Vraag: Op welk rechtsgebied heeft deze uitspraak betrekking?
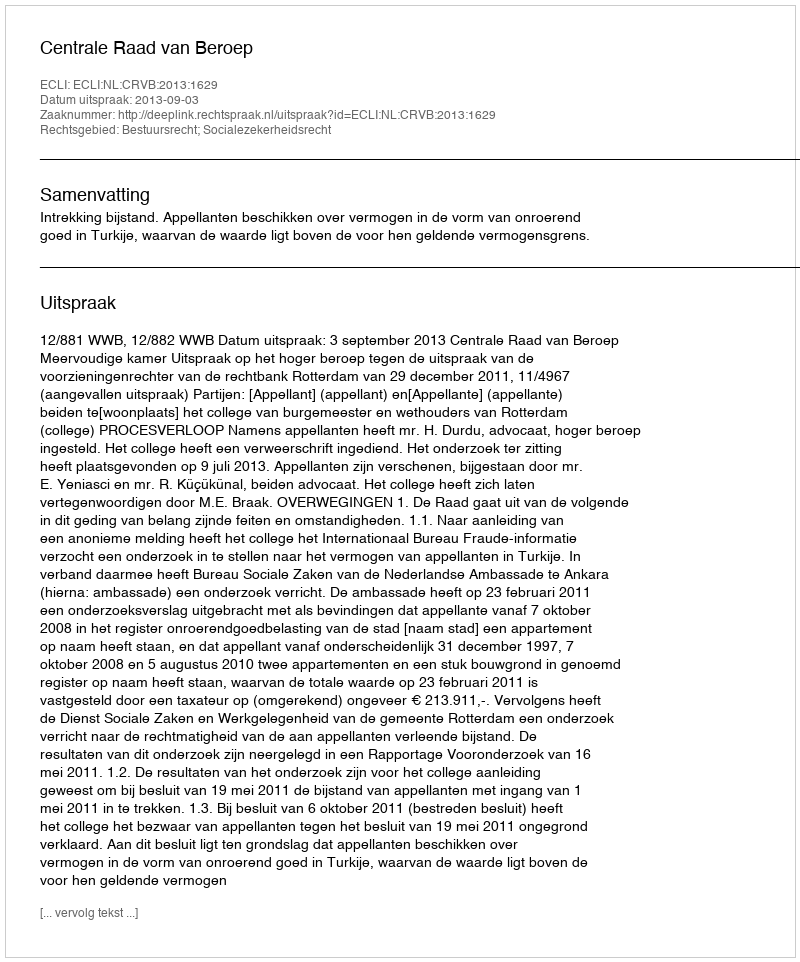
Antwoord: Bestuursrecht; Socialezekerheidsrecht